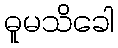
ဓူမသိခေါ